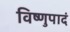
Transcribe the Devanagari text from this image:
विष्णुपादं